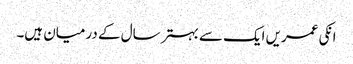
انکی عمریں ایک سے بہتر سال کے درمیان ہیں۔